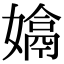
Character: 𡡽